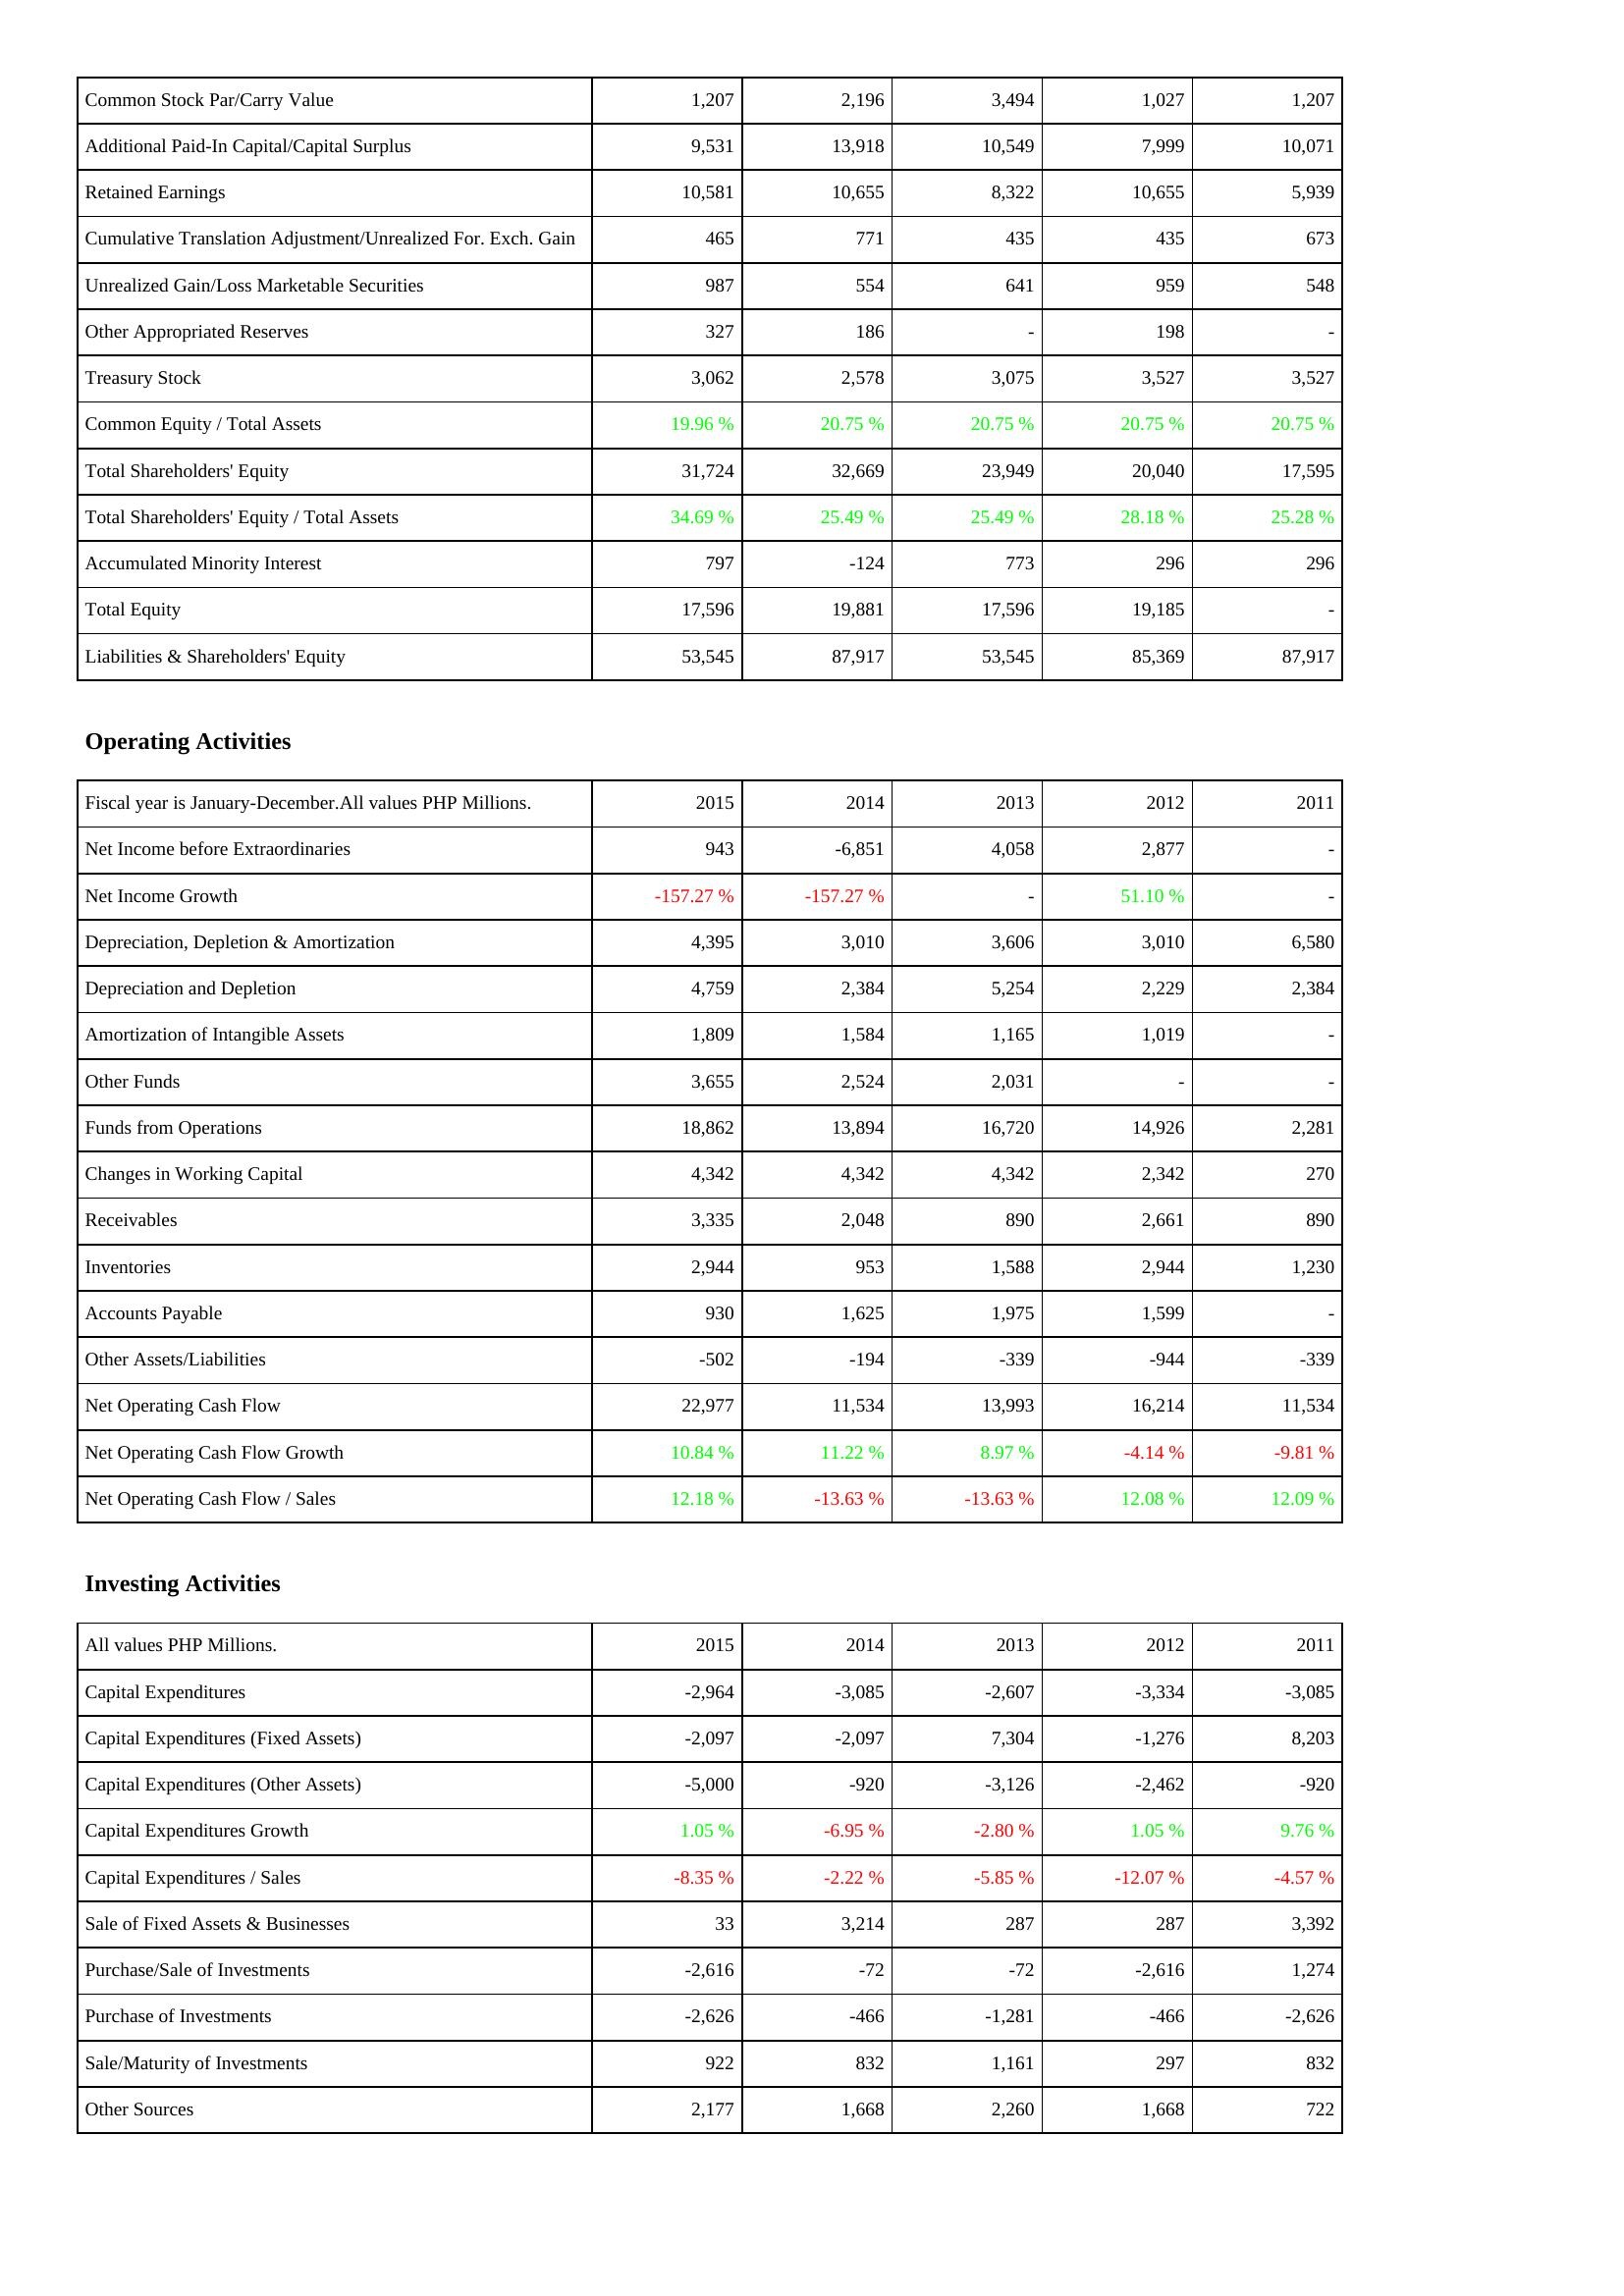
2015: Liabilities & Shareholders' Equity: Common Stock Par/Carry Value: 1,207
Additional Paid-In Capital/Capital Surplus: 9,531
Retained Earnings: 10,581
Cumulative Translation Adjustment/Unrealized For. Exch. Gain: 465
Unrealized Gain/Loss Marketable Securities: 987
Other Appropriated Reserves: 327
Treasury Stock: 3,062
Common Equity / Total Assets: 19.96 %
Total Shareholders' Equity: 31,724
Total Shareholders' Equity / Total Assets: 34.69 %
Accumulated Minority Interest: 797
Total Equity: 17,596
Liabilities & Shareholders' Equity: 53,545
Operating Activities: Net Income before Extraordinaries: 943
Net Income Growth: -157.27 %
Depreciation, Depletion & Amortization: 4,395
Depreciation and Depletion: 4,759
Amortization of Intangible Assets: 1,809
Other Funds: 3,655
Funds from Operations: 18,862
Changes in Working Capital: 4,342
Receivables: 3,335
Inventories: 2,944
Accounts Payable: 930
Other Assets/Liabilities: -502
Net Operating Cash Flow: 22,977
Net Operating Cash Flow Growth: 10.84 %
Net Operating Cash Flow / Sales: 12.18 %
Investing Activities: Capital Expenditures: -2,964
Capital Expenditures (Fixed Assets): -2,097
Capital Expenditures (Other Assets): -5,000
Capital Expenditures Growth: 1.05 %
Capital Expenditures / Sales: -8.35 %
Sale of Fixed Assets & Businesses: 33
Purchase/Sale of Investments: -2,616
Purchase of Investments: -2,626
Sale/Maturity of Investments: 922
Other Sources: 2,177
2014: Liabilities & Shareholders' Equity: Common Stock Par/Carry Value: 2,196
Additional Paid-In Capital/Capital Surplus: 13,918
Retained Earnings: 10,655
Cumulative Translation Adjustment/Unrealized For. Exch. Gain: 771
Unrealized Gain/Loss Marketable Securities: 554
Other Appropriated Reserves: 186
Treasury Stock: 2,578
Common Equity / Total Assets: 20.75 %
Total Shareholders' Equity: 32,669
Total Shareholders' Equity / Total Assets: 25.49 %
Accumulated Minority Interest: -124
Total Equity: 19,881
Liabilities & Shareholders' Equity: 87,917
Operating Activities: Net Income before Extraordinaries: -6,851
Net Income Growth: -157.27 %
Depreciation, Depletion & Amortization: 3,010
Depreciation and Depletion: 2,384
Amortization of Intangible Assets: 1,584
Other Funds: 2,524
Funds from Operations: 13,894
Changes in Working Capital: 4,342
Receivables: 2,048
Inventories: 953
Accounts Payable: 1,625
Other Assets/Liabilities: -194
Net Operating Cash Flow: 11,534
Net Operating Cash Flow Growth: 11.22 %
Net Operating Cash Flow / Sales: -13.63 %
Investing Activities: Capital Expenditures: -3,085
Capital Expenditures (Fixed Assets): -2,097
Capital Expenditures (Other Assets): -920
Capital Expenditures Growth: -6.95 %
Capital Expenditures / Sales: -2.22 %
Sale of Fixed Assets & Businesses: 3,214
Purchase/Sale of Investments: -72
Purchase of Investments: -466
Sale/Maturity of Investments: 832
Other Sources: 1,668
2013: Liabilities & Shareholders' Equity: Common Stock Par/Carry Value: 3,494
Additional Paid-In Capital/Capital Surplus: 10,549
Retained Earnings: 8,322
Cumulative Translation Adjustment/Unrealized For. Exch. Gain: 435
Unrealized Gain/Loss Marketable Securities: 641
Other Appropriated Reserves: -
Treasury Stock: 3,075
Common Equity / Total Assets: 20.75 %
Total Shareholders' Equity: 23,949
Total Shareholders' Equity / Total Assets: 25.49 %
Accumulated Minority Interest: 773
Total Equity: 17,596
Liabilities & Shareholders' Equity: 53,545
Operating Activities: Net Income before Extraordinaries: 4,058
Net Income Growth: -
Depreciation, Depletion & Amortization: 3,606
Depreciation and Depletion: 5,254
Amortization of Intangible Assets: 1,165
Other Funds: 2,031
Funds from Operations: 16,720
Changes in Working Capital: 4,342
Receivables: 890
Inventories: 1,588
Accounts Payable: 1,975
Other Assets/Liabilities: -339
Net Operating Cash Flow: 13,993
Net Operating Cash Flow Growth: 8.97 %
Net Operating Cash Flow / Sales: -13.63 %
Investing Activities: Capital Expenditures: -2,607
Capital Expenditures (Fixed Assets): 7,304
Capital Expenditures (Other Assets): -3,126
Capital Expenditures Growth: -2.80 %
Capital Expenditures / Sales: -5.85 %
Sale of Fixed Assets & Businesses: 287
Purchase/Sale of Investments: -72
Purchase of Investments: -1,281
Sale/Maturity of Investments: 1,161
Other Sources: 2,260
2012: Liabilities & Shareholders' Equity: Common Stock Par/Carry Value: 1,027
Additional Paid-In Capital/Capital Surplus: 7,999
Retained Earnings: 10,655
Cumulative Translation Adjustment/Unrealized For. Exch. Gain: 435
Unrealized Gain/Loss Marketable Securities: 959
Other Appropriated Reserves: 198
Treasury Stock: 3,527
Common Equity / Total Assets: 20.75 %
Total Shareholders' Equity: 20,040
Total Shareholders' Equity / Total Assets: 28.18 %
Accumulated Minority Interest: 296
Total Equity: 19,185
Liabilities & Shareholders' Equity: 85,369
Operating Activities: Net Income before Extraordinaries: 2,877
Net Income Growth: 51.10 %
Depreciation, Depletion & Amortization: 3,010
Depreciation and Depletion: 2,229
Amortization of Intangible Assets: 1,019
Other Funds: -
Funds from Operations: 14,926
Changes in Working Capital: 2,342
Receivables: 2,661
Inventories: 2,944
Accounts Payable: 1,599
Other Assets/Liabilities: -944
Net Operating Cash Flow: 16,214
Net Operating Cash Flow Growth: -4.14 %
Net Operating Cash Flow / Sales: 12.08 %
Investing Activities: Capital Expenditures: -3,334
Capital Expenditures (Fixed Assets): -1,276
Capital Expenditures (Other Assets): -2,462
Capital Expenditures Growth: 1.05 %
Capital Expenditures / Sales: -12.07 %
Sale of Fixed Assets & Businesses: 287
Purchase/Sale of Investments: -2,616
Purchase of Investments: -466
Sale/Maturity of Investments: 297
Other Sources: 1,668
2011: Liabilities & Shareholders' Equity: Common Stock Par/Carry Value: 1,207
Additional Paid-In Capital/Capital Surplus: 10,071
Retained Earnings: 5,939
Cumulative Translation Adjustment/Unrealized For. Exch. Gain: 673
Unrealized Gain/Loss Marketable Securities: 548
Other Appropriated Reserves: -
Treasury Stock: 3,527
Common Equity / Total Assets: 20.75 %
Total Shareholders' Equity: 17,595
Total Shareholders' Equity / Total Assets: 25.28 %
Accumulated Minority Interest: 296
Total Equity: -
Liabilities & Shareholders' Equity: 87,917
Operating Activities: Net Income before Extraordinaries: -
Net Income Growth: -
Depreciation, Depletion & Amortization: 6,580
Depreciation and Depletion: 2,384
Amortization of Intangible Assets: -
Other Funds: -
Funds from Operations: 2,281
Changes in Working Capital: 270
Receivables: 890
Inventories: 1,230
Accounts Payable: -
Other Assets/Liabilities: -339
Net Operating Cash Flow: 11,534
Net Operating Cash Flow Growth: -9.81 %
Net Operating Cash Flow / Sales: 12.09 %
Investing Activities: Capital Expenditures: -3,085
Capital Expenditures (Fixed Assets): 8,203
Capital Expenditures (Other Assets): -920
Capital Expenditures Growth: 9.76 %
Capital Expenditures / Sales: -4.57 %
Sale of Fixed Assets & Businesses: 3,392
Purchase/Sale of Investments: 1,274
Purchase of Investments: -2,626
Sale/Maturity of Investments: 832
Other Sources: 722